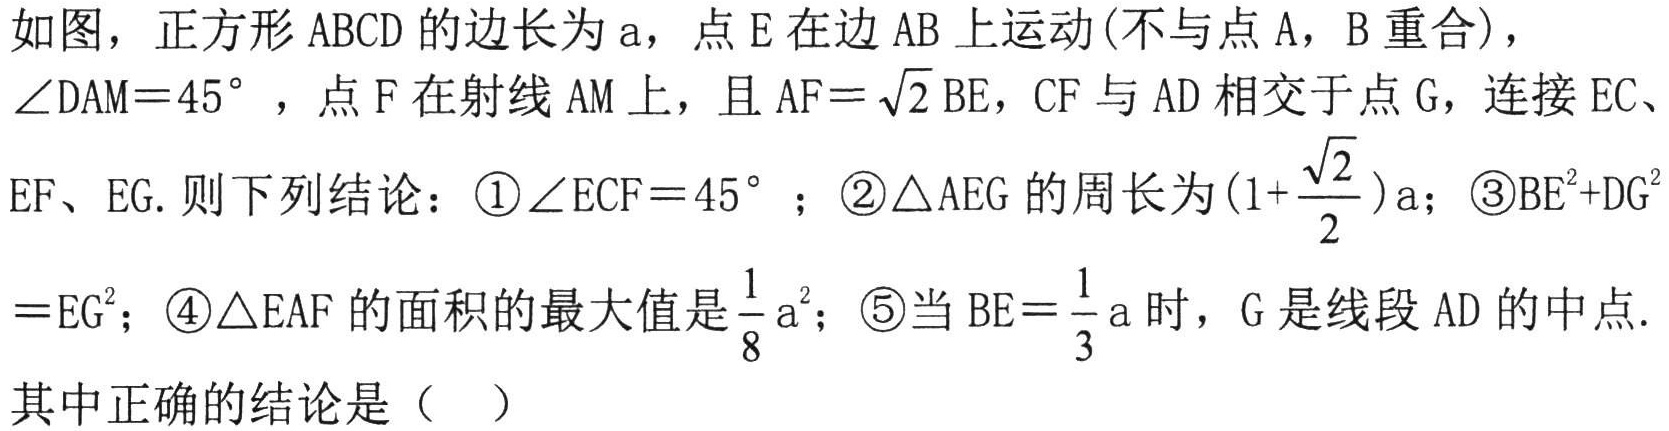
如图，正方形 \(ABCD\) 的边长为 \(a\)，点 \(E\) 在边 \(AB\) 上运动(不与点 \(A\)，\(B\) 重合)，\(\angle DAM = 45^{\circ}\)，点 \(F\) 在射线 \(AM\) 上，且 \(AF = \sqrt{2}BE\)，\(CF\) 与 \(AD\) 相交于点 \(G\)，连接 \(EC\)、\(EF\)、\(EG\). 则下列结论：\textcircled{1}\(\angle ECF = 45^{\circ}\) ；\textcircled{2}\(\triangle AEG\) 的周长为 \((1 + \frac{\sqrt{2}}{2})a\)；\textcircled{3}\(BE^{2}+DG^{2}=EG^{2}\)；\textcircled{4}\(\triangle EAF\) 的面积的最大值是 \(\frac{1}{8}a^{2}\)；\textcircled{5}当 \(BE=\frac{1}{3}a\) 时，\(G\) 是线段 \(AD\) 的中点. 其中正确的结论是（  ）